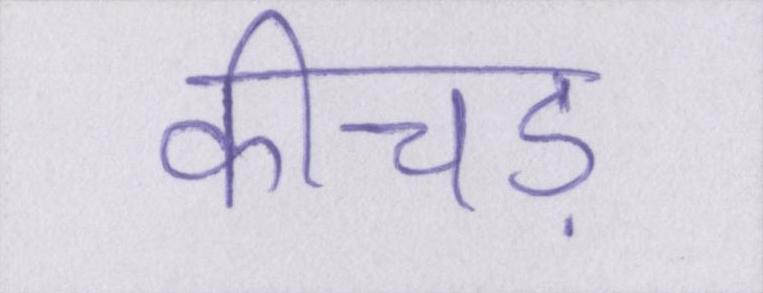
कीचड़